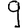
Digit: 9